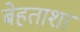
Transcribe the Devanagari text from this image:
बेहताशा